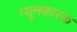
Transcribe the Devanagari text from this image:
न्यूनकारक